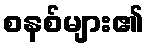
စနစ်များ၏